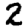
Digit: 2